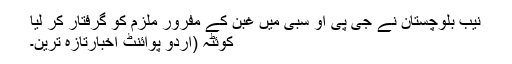
نیب بلوچستان نے جی پی او سبی میں غبن کے مفرور ملزم کو گرفتار کر لیا
کوئٹہ (اُردو پوائنٹ اخبارتازہ ترین۔